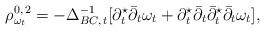
\begin{align*}\rho_{\omega_t} ^{0,\,2}= -\Delta_{BC,\,t}^{-1}[\partial_t ^\star\bar\partial_t \omega_t + \partial_t ^\star\bar\partial_t \bar\partial_t ^\star\bar\partial_t\omega_t],\end{align*}